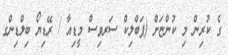
ގެ ކުރިން މި ކުންޏަށް (ޕަބްލިކް ސަރވިސް މީޑިއާ / ރޭޑިޔޯ ބިލްޑިންގ